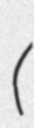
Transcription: (എ